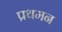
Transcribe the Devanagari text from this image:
प्रथमन